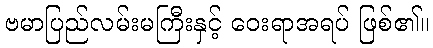
ဗမာပြည်လမ်းမကြီးနှင့် ဝေးရာအရပ် ဖြစ်၏။